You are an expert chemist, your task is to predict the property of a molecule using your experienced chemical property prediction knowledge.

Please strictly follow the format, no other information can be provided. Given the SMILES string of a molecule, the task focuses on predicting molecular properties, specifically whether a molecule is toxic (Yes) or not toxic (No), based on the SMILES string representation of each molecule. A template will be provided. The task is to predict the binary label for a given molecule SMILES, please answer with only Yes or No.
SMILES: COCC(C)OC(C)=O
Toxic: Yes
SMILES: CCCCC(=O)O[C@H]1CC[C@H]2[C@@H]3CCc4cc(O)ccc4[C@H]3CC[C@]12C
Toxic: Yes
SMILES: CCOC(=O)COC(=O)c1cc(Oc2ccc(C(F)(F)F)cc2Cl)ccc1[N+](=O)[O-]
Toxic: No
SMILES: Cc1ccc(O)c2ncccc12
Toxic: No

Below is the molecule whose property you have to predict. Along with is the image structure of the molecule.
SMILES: CCCCCCCCO
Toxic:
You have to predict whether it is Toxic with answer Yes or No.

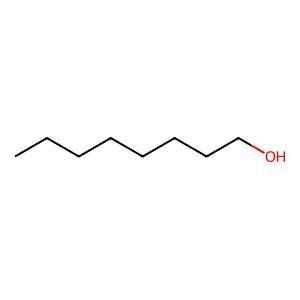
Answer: No